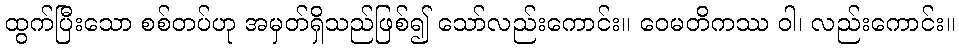
ထွက်ပြီးသော စစ်တပ်ဟု အမှတ်ရှိသည်ဖြစ်၍ သော်လည်းကောင်း။ ဝေမတိကဿ ဝါ၊ လည်းကောင်း။